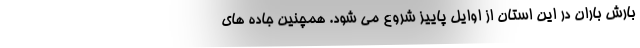
بارش باران در این استان از اوایل پاییز شروع می شود. همچنین جاده های